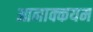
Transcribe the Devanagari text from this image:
आनाक्कयम